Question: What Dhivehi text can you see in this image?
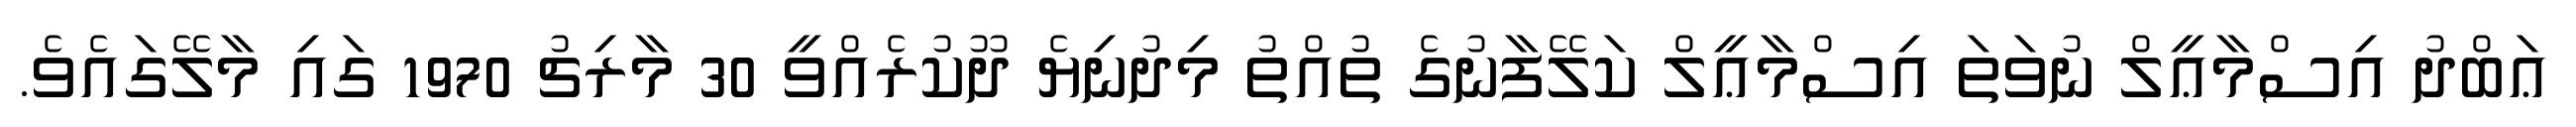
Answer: ޢަބްދު އިސްމާޢީލް ނުވަތަ އިސްމާޢީލް ކަލޭފާނުގެ ތުއްތު މިދުނިޔެ ދޫކުރެއްވީ 30 މާރިޗު 1970 ގައި މާލޭގައެވެ.